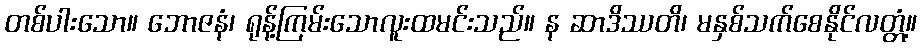
တစ်ပါးသော။ ဘောဇနံ၊ ရုန့်ကြမ်းသောလူးထမင်းသည်။ န ဆာဒိဿတိ၊ မနှစ်သက်စေနိုင်လတ္တံ့။